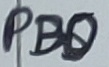
Text: PB0